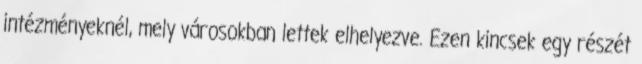
intézményeknél, mely városokban lettek elhelyezve. Ezen kincsek egy részét